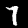
Digit: 7